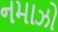
નમાઝો